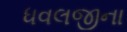
ધવલજીના